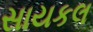
સાયકલ